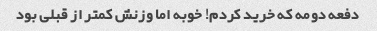
دفعه دومه که خرید کردم! خوبه اما وزنش کمتر از قبلی بود